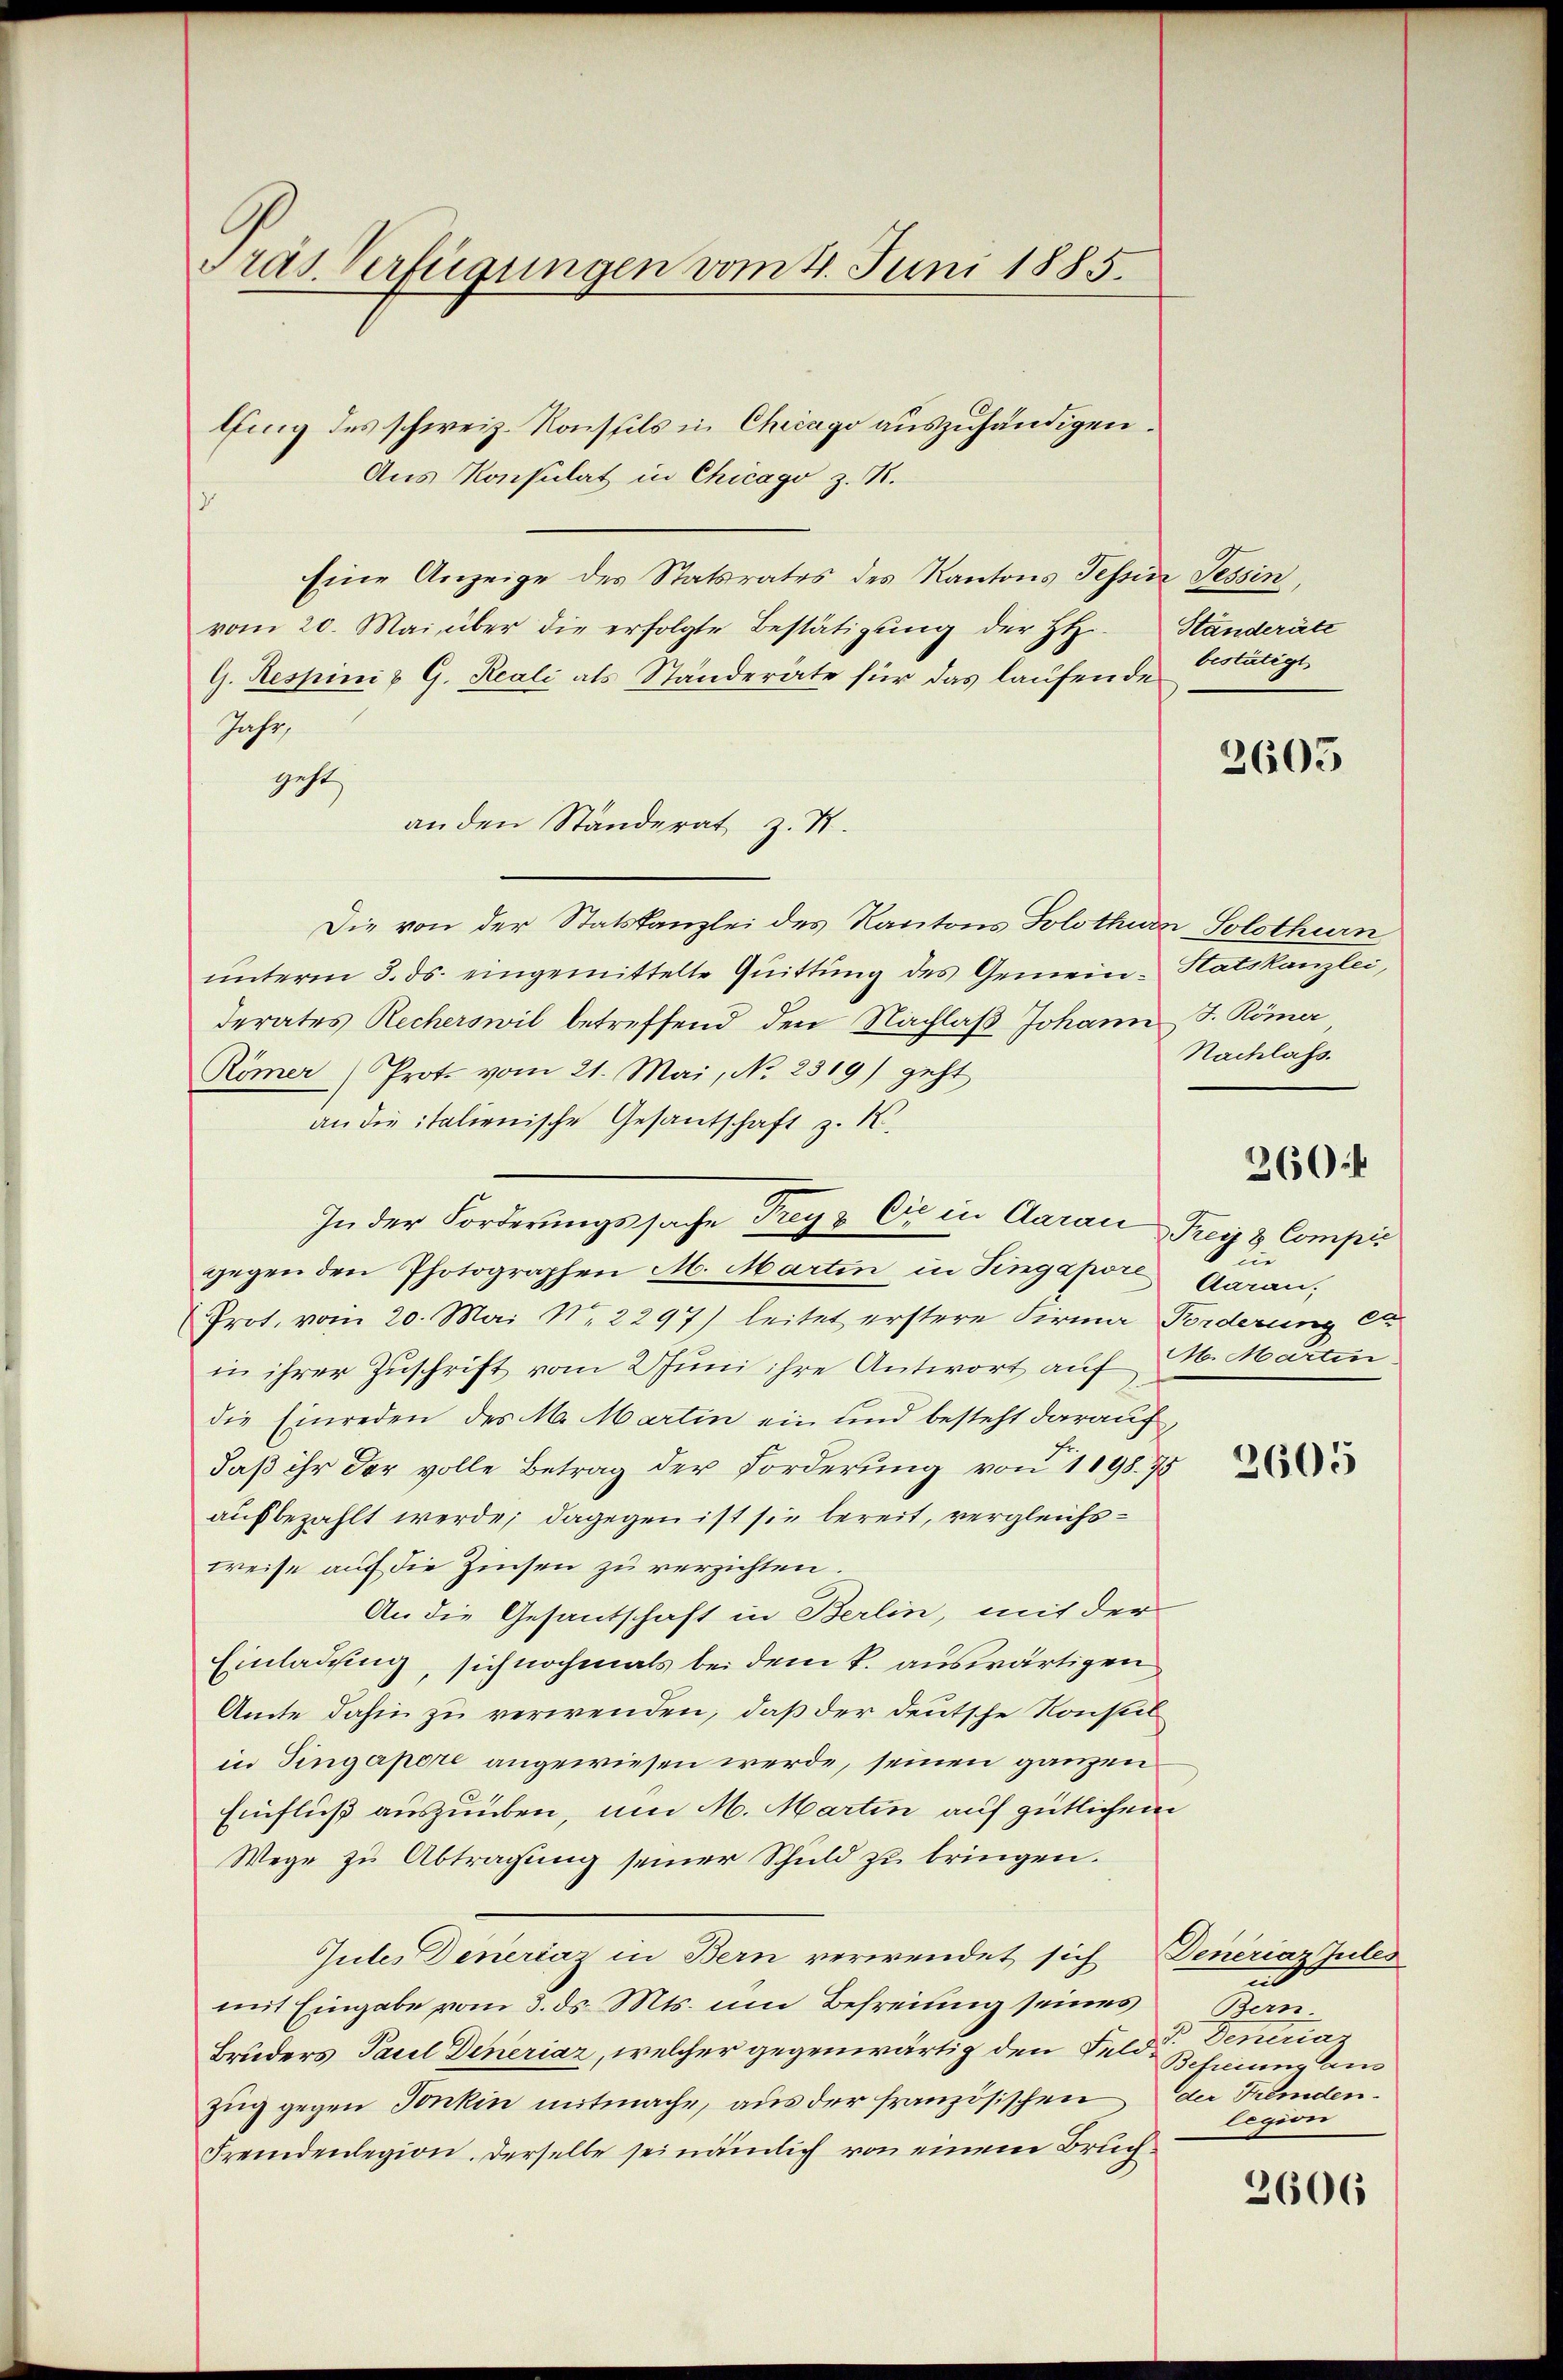
lling des schweiz. Konstils in Chicago auszuhändigen.
Aus Konsulat in Chicago z. B.
Eine Anzeige des Statsrates des Kantons Tessin Tessin,
vom 20. Mai über die erfolgte Bestätigung der HH
G. Respini & G. Reali als Ständeräte für das laufende
Jahr,
geht,
an den Ständerat z. S.
Die von der Statskanzlei des Kantons Solothurn Solothurn
unterm 3. ds. eingemittelte Quittung des Gemein-Hatskanzlei,
derates Recherswil betreffend den Nachlaß Johann J. Römer
Römer Prot. vom 21. Mai, No. 2319) geht
an die italienische Gesandschaft z. K.
In der Forderungssache Tag & Cie in Aarau
gegen den Photographen M. Martin in Singapor Garan,
Prot. vom 20. Mai No. 2297) leitet erstere Firma Forderung et
in ihrer Zuschrift vom 2 Juni ihre Antwort auf M. Martin
die Einreden des M. Martin ein und besteht darauf,
daß ihr der volle Betrag der Forderung von 1 198. 75
ausbezahlt werde; dagegen ist sie bereit, vergleichsweise auf die Zinsen zu verzichten.
An die Gesantschaft in Berlin, mit der
Einladung, sich nochmals bei dem k. auswärtigen
Amte dahin zu verwenden, daß der deutsche Konseit
in Tingapore angewiesen werde, seinen ganzen
Einfluß auszuüben, um M. Martin auf gütlichem
Wege zu Abtragung seiner Schuld zu bringen.
Gutes Deneraz in Bern verwendet sich
mit Eingabe vom 3. ds. Mts. um Befreiung seines Ban
Bruders Paul Dineriar, welcher gegenwärtig den Feld. Schnung an
Zug gegen Tonkin mitmache, aus der französischen
Fremdenlegion. Derselbe sei nämlich von einem Bruch¬

Pras. Verfügungen vom 4. Juni 1885.

Ständeräte
bestätigt

2605

Nachlass.

360 f

Frei & Compis
di

2605

Deneriaz Zules
n
v. Deneraz
der Fremden.
legion

3606